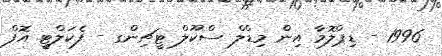
1996 - ޑިޕްލޮމާ އިން މިޑްލް ސްކޫލް ޓީޗިންގ - ފެކަލްޓީ އޮފް